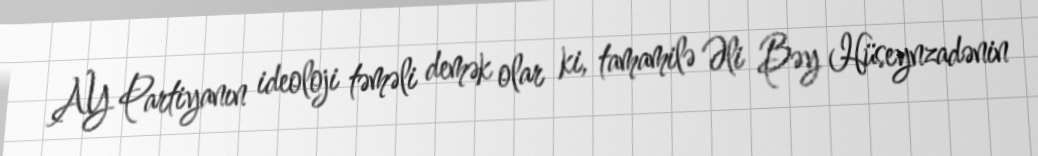
AY Partiyanın ideoloji təməli demək olar ki, tamamilə Əli Bəy Hüseynzadənin